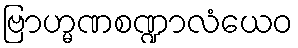
ဗြာဟ္မဏစဏ္ဍာလံယေဝ